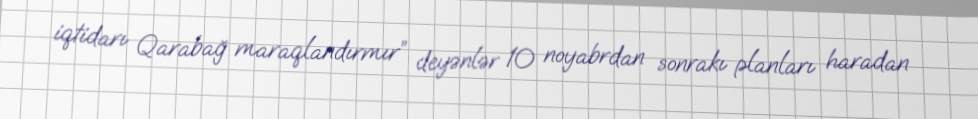
iqtidarı Qarabağ maraqlandırmır” deyənlər 10 noyabrdan sonrakı planları haradan